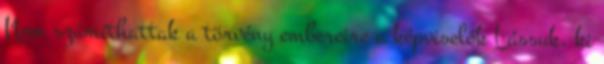
Nem számíthattak a törvény embereire a képviselők Lássuk, ki